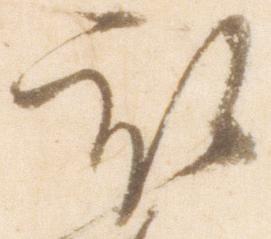
被